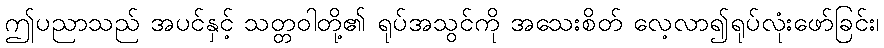
ဤပညာသည် အပင်နှင့် သတ္တဝါတို့၏ ရုပ်အသွင်ကို အသေးစိတ် လေ့လာ၍ရုပ်လုံးဖော်ခြင်း၊